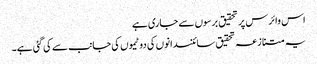
اس وائرس پر تحقیق برسوں سے جاری ہے
یہ متنازعہ تحقیق سائنسدانوں کی دو ٹیموں کی جانب سے کی گئی ہے۔